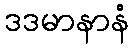
ဒဒမာနာနံ